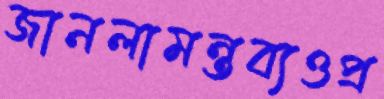
জানলামন্তব্যওপ্র